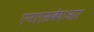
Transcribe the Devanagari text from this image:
एनएएसकेएआर